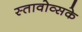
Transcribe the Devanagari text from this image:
स्तावोव्सके